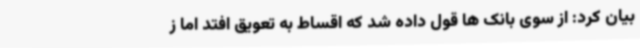
بیان کرد: از سوی بانک ها قول داده شد که اقساط به تعویق افتد اما ز